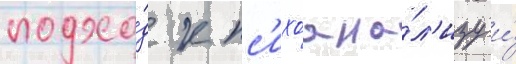
подхо́д к пс'ихоана́л'изу и́